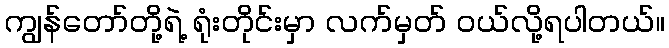
ကျွန်တော်တို့ရဲ့ ရုံးတိုင်းမှာ လက်မှတ် ဝယ်လို့ရပါတယ်။